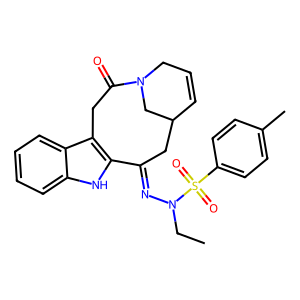
SMILES: CCN(N=C1CC2C=CCN(C2)C(=O)Cc2c1[nH]c1ccccc21)S(=O)(=O)c1ccc(C)cc1
Inhibits HIV replication: No